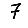
Digit: 7